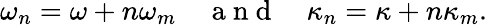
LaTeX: \omega_{n}=\omega+n\omega_{m}\quad\mathrm{~a~n~d~}\quad\kappa_{n}=\kappa+n\kappa_{m}.